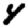
Digit: 4